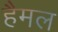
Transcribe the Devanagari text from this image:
हैमल